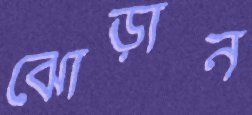
ঝোড়ান